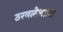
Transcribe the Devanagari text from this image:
ठरवलेलाला